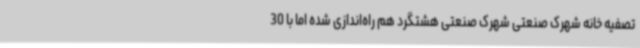
تصفیه خانه شهرک صنعتی شهرک صنعتی هشتگرد هم راه‌اندازی شده اما با 30